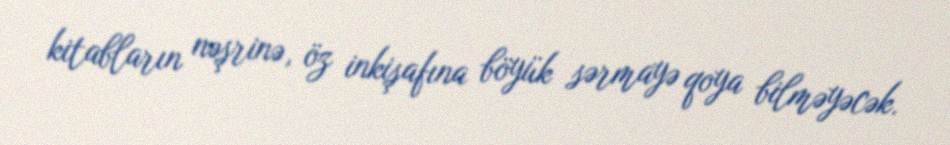
kitabların nəşrinə, öz inkişafına böyük sərmayə qoya bilməyəcək.